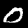
Digit: 0